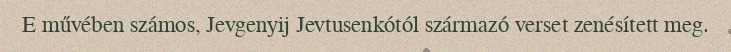
E művében számos, Jevgenyij Jevtusenkótól származó verset zenésített meg.